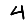
Digit: 4